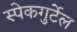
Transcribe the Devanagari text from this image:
स्पेकगुर्टेल